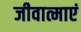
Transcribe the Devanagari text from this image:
जीवात्माएं